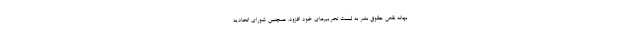
بهانه نقض حقوق بشر به لیست تحریم‌های خود افزود. همچنین شورای اتحادیه